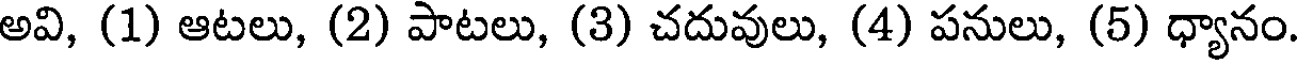
అవి, (1) ఆటలు, (2) పాటలు, (3) చదువులు, (4) పనులు, (5) ధ్యానం